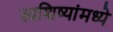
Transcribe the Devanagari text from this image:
स्वशिष्यांमध्ये